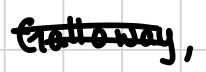
Text: Galloway,
Cross-out: double-line
Writing tool: digital_black